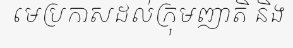
មេប្រកាសដល់ក្រុមញាតិ និង